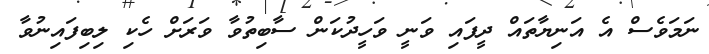
ނަމަވެސް އެ އަނިޔާތައް ދީފައި ވަނީ ވަހީދުކަން ސާބިތުވާ ވަރަށް ހެކި ލިބިފައިނުވާ